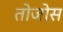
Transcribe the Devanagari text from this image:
तोजोस